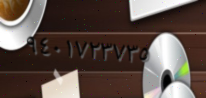
٩٤٠١٧٢٣٧٣٥